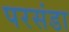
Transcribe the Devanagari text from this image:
परसंडा